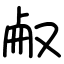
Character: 㕟